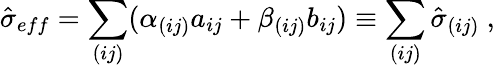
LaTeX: \hat{\sigma}_{eff}=\sum_{(ij)}(\alpha_{(ij)}a_{ij}+\beta_{(ij)}b_{ij})\equiv\sum_{(ij)}\hat{\sigma}_{(ij)}~,